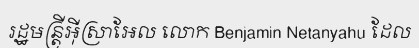
រដ្ឋមន្ត្រីអ៊ីស្រាអែល លោក Benjamin Netanyahu ដែល